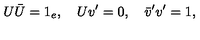
U \bar { U } = 1 _ { e } , \quad U v ^ { \prime } = 0 , \quad \bar { v } ^ { \prime } v ^ { \prime } = 1 ,